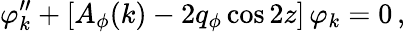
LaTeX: \varphi_{k}^{\prime\prime}+[A_{\phi}(k)-2q_{\phi}\cos 2z]\, \varphi_{k}=0\, ,